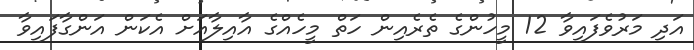
އަދި މަރުވެފައިވާ 12 މީހުންގެ ތެރެއިން ހަތް މީހެއްގެ އާއިލާއަށް އެކަން އަންގާފައިވާ